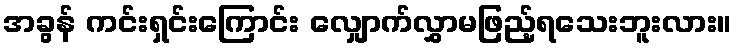
အခွန် ကင်းရှင်းကြောင်း လျှောက်လွှာမဖြည့်ရသေးဘူးလား။